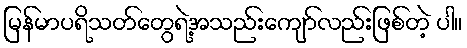
မြန်မာပရိသတ်တွေရဲ့အသည်းကျော်လည်းဖြစ်တဲ့ ပါ။